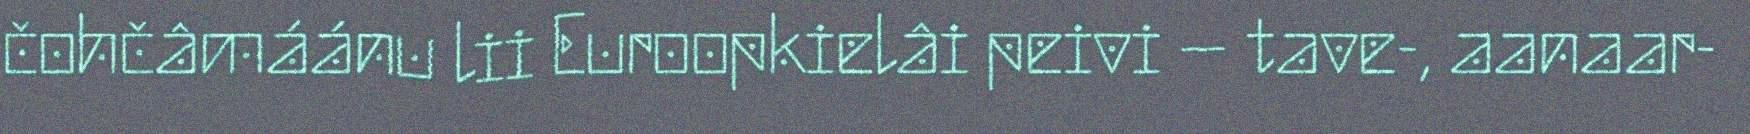
čohčâmáánu lii Euroopkielâi peivi – tave-, aanaar-